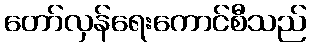
တော်လှန်ရေးကောင်စီသည်